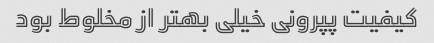
کیفیت پپرونی خیلی بهتر از مخلوط بود